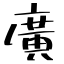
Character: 廣